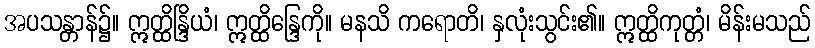
အပသန္တာန်၌။ ဣတ္ထိန္ဒြိယံ၊ ဣတ္ထိန္ဒြေကို။ မနသိ ကရောတိ၊ နှလုံးသွင်း၏။ ဣတ္ထိကုတ္တံ၊ မိန်းမသည်